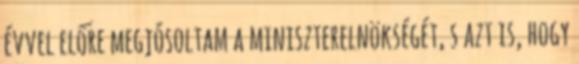
évvel előre megjósoltam a miniszterelnökségét, s azt is, hogy